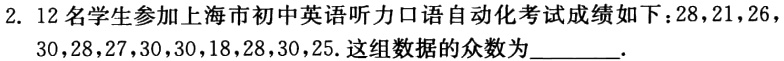
2. 12名学生参加上海市初中英语听力口语自动化考试成绩如下：28，21，26，30，28，27，30，30，18，28，30，25. 这组数据的众数为________.